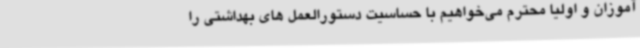
آموزان و اولیا محترم می‌خواهیم با حساسیت دستورالعمل های بهداشتی را